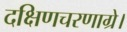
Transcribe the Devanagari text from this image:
दक्षिणचरणाग्रे।